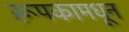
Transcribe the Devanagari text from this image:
रूपकामधून